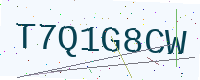
Text: T7Q1G8CW